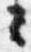
々